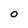
Character: 0